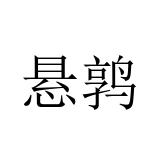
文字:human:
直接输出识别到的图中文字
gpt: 悬鹑